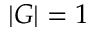
| G | = 1